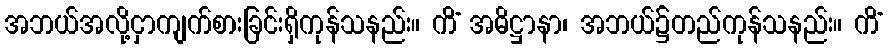
အဘယ်အလို့ငှာကျက်စားခြင်းရှိကုန်သနည်း။ ကိံ အဓိဋ္ဌာနာ၊ အဘယ်၌တည်ကုန်သနည်း။ ကိံ